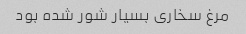
مرغ سخاری بسیار شور شده بود